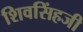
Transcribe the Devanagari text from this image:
शिवसिंहजी